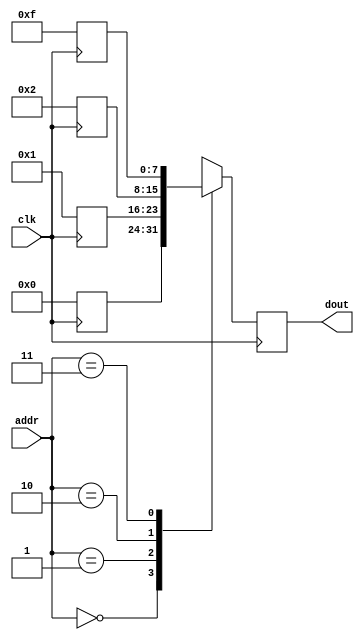
module ROM_with_syncread
(input clk,
input [1:0]addr,
output reg [7:0]dout);
reg [7:0]ROM[3:0];
always@ (posedge clk)
dout <= ROM[addr];

always@ (posedge clk)
begin
ROM [2'b00] <= 8'd0;
ROM [2'b01] <= 8'd1;
ROM [2'b10] <= 8'd2;
ROM [2'b11] <= 8'd15;
end
endmodule